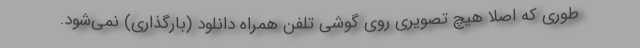
طوری که اصلا هیچ تصویری روی گوشی تلفن همراه دانلود (بارگذاری) نمی‌شود.